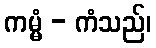
ကမ္မံ - ကံသည်၊